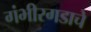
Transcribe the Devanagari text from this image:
गंभीरगडाचे